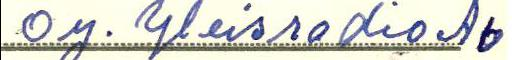
Oy. Yleisradio Ab